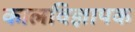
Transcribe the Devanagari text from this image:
कालविज्ञापक